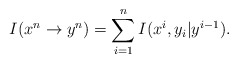
\begin{align*}I(x^n\rightarrow y^n) = \sum_{i=1}^n I(x^i, y_i | y^{i-1}).\end{align*}